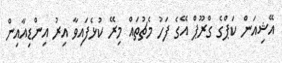
އޭޝިއަން ކަޕްގެ ގްރޫޕް އޭގެ ފަހު މެޗުތައް މިރޭ ކުޅެފައިވާ އިރު އިންޑިއާއިން